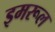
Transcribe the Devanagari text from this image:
इमरूल